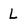
Character: L